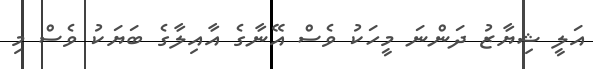
އަލީ ޝިޔާޒު ދަންނަ މީހަކު ވެސް އޭނާގެ އާއިލާގެ ބަޔަކު ވެސް މި